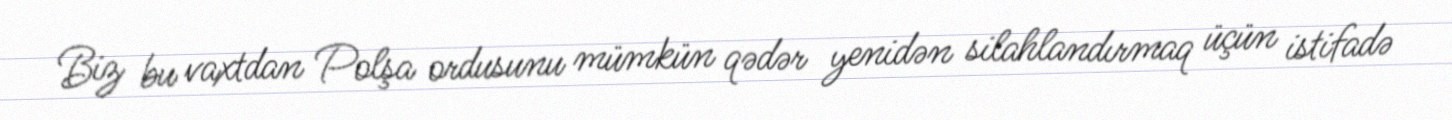
Biz bu vaxtdan Polşa ordusunu mümkün qədər yenidən silahlandırmaq üçün istifadə